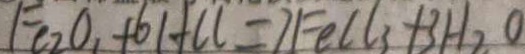
F e _ { 2 } O _ { 1 } + 6 H C l = 7 F e C l _ { 3 } + 3 H _ { 2 } O